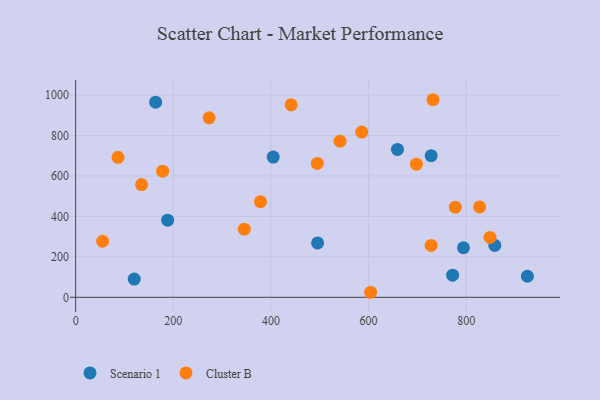
{"axis": {"x": "Distance", "y": "Rating"}, "legend": ["Cluster B", "Scenario 1"], "data": [{"x": "772.2", "y": 109.3, "type": "Scenario 1"}, {"x": "659.2", "y": 731.2, "type": "Scenario 1"}, {"x": "858.6", "y": 256.4, "type": "Scenario 1"}, {"x": "188.4", "y": 381.6, "type": "Scenario 1"}, {"x": "404.7", "y": 693.4, "type": "Scenario 1"}, {"x": "925.3", "y": 104.2, "type": "Scenario 1"}, {"x": "163.9", "y": 964.9, "type": "Scenario 1"}, {"x": "495.6", "y": 268.9, "type": "Scenario 1"}, {"x": "794.4", "y": 245.0, "type": "Scenario 1"}, {"x": "728.2", "y": 700.5, "type": "Scenario 1"}, {"x": "120.0", "y": 90.1, "type": "Scenario 1"}, {"x": "732.1", "y": 977.1, "type": "Cluster B"}, {"x": "604.3", "y": 24.9, "type": "Cluster B"}, {"x": "273.4", "y": 887.5, "type": "Cluster B"}, {"x": "698.0", "y": 658.2, "type": "Cluster B"}, {"x": "86.9", "y": 692.1, "type": "Cluster B"}, {"x": "586.0", "y": 817.1, "type": "Cluster B"}, {"x": "135.0", "y": 557.3, "type": "Cluster B"}, {"x": "178.2", "y": 623.7, "type": "Cluster B"}, {"x": "55.3", "y": 277.3, "type": "Cluster B"}, {"x": "728.1", "y": 256.6, "type": "Cluster B"}, {"x": "827.5", "y": 446.8, "type": "Cluster B"}, {"x": "541.7", "y": 772.3, "type": "Cluster B"}, {"x": "495.1", "y": 662.1, "type": "Cluster B"}, {"x": "378.6", "y": 473.1, "type": "Cluster B"}, {"x": "848.8", "y": 296.3, "type": "Cluster B"}, {"x": "345.4", "y": 336.9, "type": "Cluster B"}, {"x": "441.5", "y": 952.0, "type": "Cluster B"}, {"x": "777.6", "y": 445.8, "type": "Cluster B"}]}